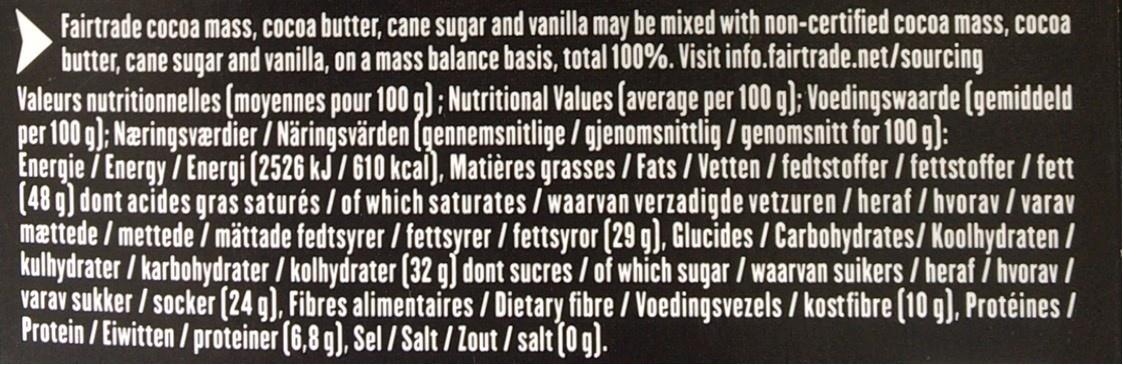
Fairtrade cocoa mass, cocoa butter, cane sugar and vanilla may be mixed with non-certified cocoa mass, cocoa butter, cane sugar and vanilla, on a mass balance basis, total 100%. Visit info.fairtrade.net/sourcing Valeurs nutritionnelles (moyennes pour 100 g) ; Nutritional Values (average per 100 g); Voedingswaarde (gemiddeld per 100 g); Næringsværdier / Näringsvärden (gennemsnitlige / gjenomsnittlig / genomsnitt for 100 g): Energie / Energy/ Energi (2526 kJ / 610 kcal), Matières grasses / Fats / Vetten / fedtstoffer / fettstoffer / fett (48 g) dont acides gras saturés / of which saturates / waarvan verzadigde vetzuren / heraf / hvorav / varav mættede / mettede / mättade fedtsyrer / fettsyrer / fettsyror (29 g), Glucides / Carbohydrates/ Koolhydraten / kulhydrater / karbohydrater / kolhydrater (32 g) dont sucres / of which sugar / waarvan suikers / heraf / hvorav / varav sukker / socker (24 g), Fibres alimentaires / Dietary fibre / Voedingsvezels / kostfibre (10 g), Protéines / Protein / Eiwitten / proteiner (6,8 g), Sel / Salt / Zout / salt (0 g).